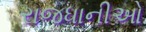
રાજધાનીઓ